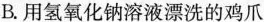
B.用氢氧化钠溶液漂洗的鸡爪